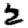
Digit: 2